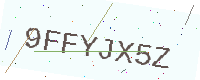
Text: 9FFYJX5Z